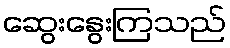
ဆွေးနွေးကြသည်